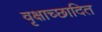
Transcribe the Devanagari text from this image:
वृक्षाच्छादित